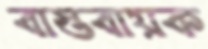
বাস্তবায়ক